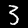
Label: 3